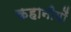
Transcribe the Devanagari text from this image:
कहानीयोँ